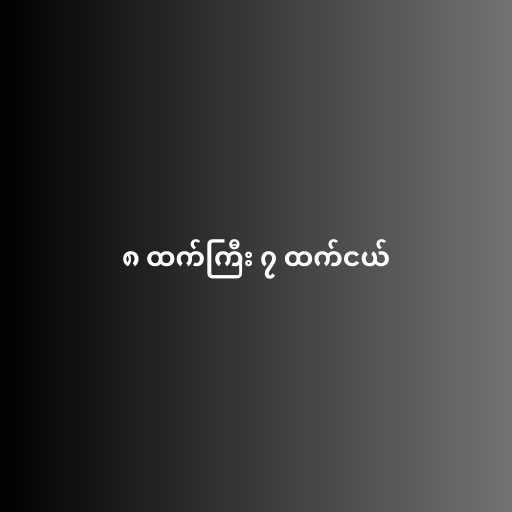
၈ ထက်ကြီး ၇ ထက်ငယ်